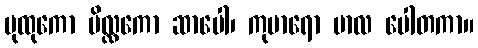
ပုထုကော ပိလ္လကော ဆာပေါ၊ ကုမာရော ဗာလ ပေါတကာ။